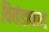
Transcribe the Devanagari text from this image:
वितंडावाद